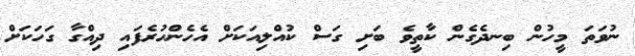
ނުވަތަ މީހުން ބިނދެގެން ކާތީވެ ބަށި ގަސް ކުއްލިއަކަށް އެހެންހުރެފައި ދިއްގާ ގަހަކަށް